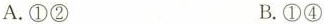
A.①② B.①④